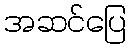
အဆင်ပြေ